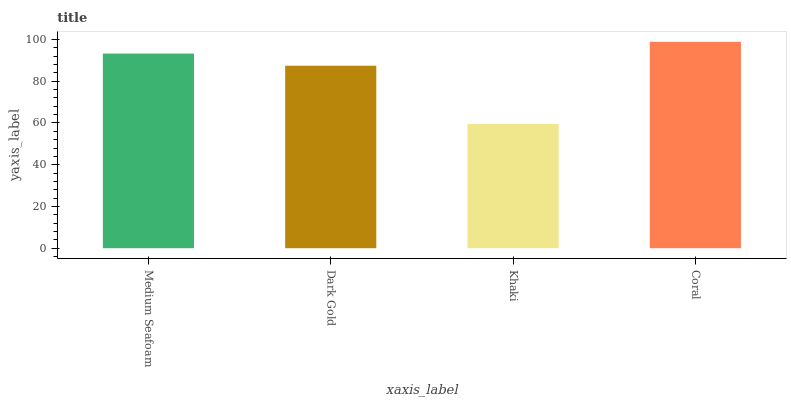
| xaxis_label | bars |
 | --- | --- |
 | Medium Seafoam | 93.3 |
 | Dark Gold | 87.4 |
 | Khaki | 59.5 |
 | Coral | 98.9 |